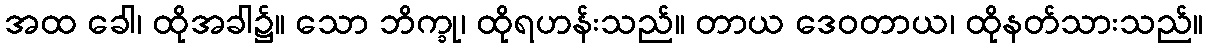
အထ ခေါ၊ ထိုအခါ၌။ သော ဘိက္ခု၊ ထိုရဟန်းသည်။ တာယ ဒေဝတာယ၊ ထိုနတ်သားသည်။